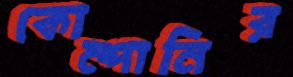
কোম্পানির